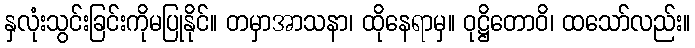
နှလုံးသွင်းခြင်းကိုမပြုနိုင်။ တမှာအာသနာ၊ ထိုနေရာမှ။ ဝုဋ္ဌိတောဝိ၊ ထသော်လည်း။